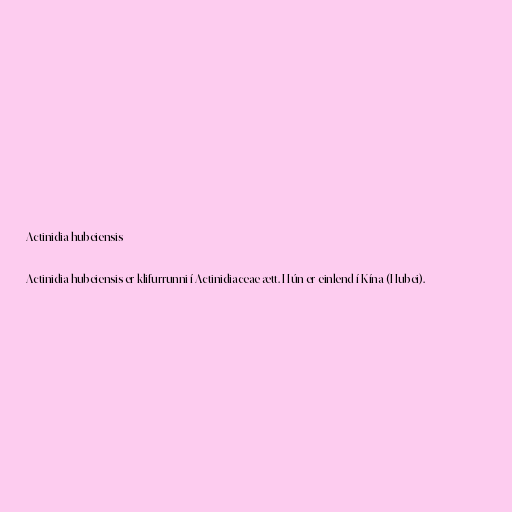
Actinidia hubeiensis

Actinidia hubeiensis er klifurrunni í Actinidiaceae ætt. Hún er einlend í Kína (Hubei).